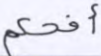
أفحكم